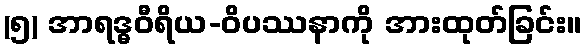
(၅) အာရဒ္ဓဝီရိယ-ဝိပဿနာကို အားထုတ်ခြင်း။